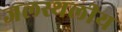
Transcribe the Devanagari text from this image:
जलस्थलीय